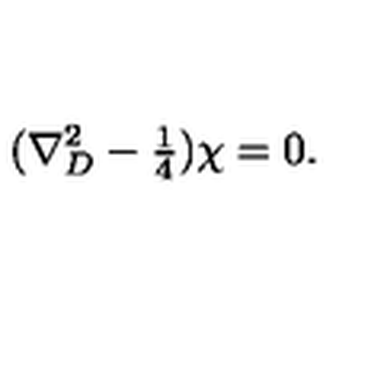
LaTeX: ( \nabla _ { D } ^ { 2 } - { \textstyle \frac { 1 } { 4 } } ) \chi = 0 .